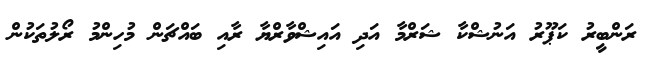
ރަންބީރު ކަޕޫރު އަނުޝްކާ ޝަރްމާ އަދި އައިޝްވާރްޔާ ރާއި ބައްޗަން މުހިންމު ރޯލުތަކުން